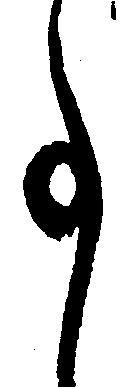
事